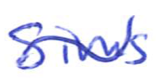
Text: Sims
Cross-out: wave
Writing tool: ballpoint